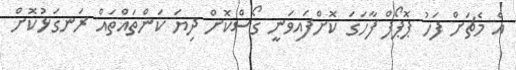
އެ މެޗަށް ފަހު ޕޮޕޯފް ފާހަގަ ކޮށްފައިވަނީ ގޯސްކޮށް ދިޔަ ކަންތައްތައް ރަނގަޅުކޮށް